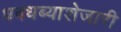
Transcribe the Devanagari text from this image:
धबधब्याशेजारी